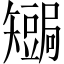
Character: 𥐏